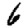
Digit: 6